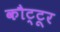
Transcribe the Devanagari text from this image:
कौट्टूर